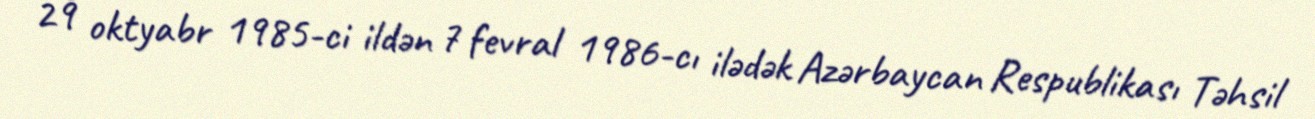
29 oktyabr 1985-ci ildən 7 fevral 1986-cı ilədək Azərbaycan Respublikası Təhsil